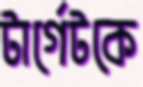
টার্গেটকে